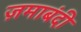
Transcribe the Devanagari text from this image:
ज़माबंदी